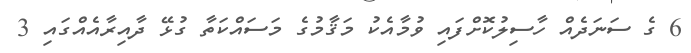
6 ގެ ސަނަދެއް ހާސިލުކޮށްފައި ވުމާއެކު މަޤާމުގެ މަސައްކަތާ ގުޅޭ ދާއިރާއެއްގައި 3